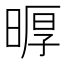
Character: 𪰲